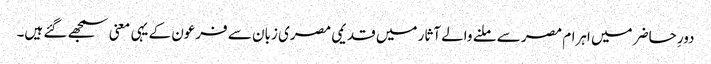
دورِ حاضر میں اہرام مصر سے ملنے والے آثار میں قدیمی مصری زبان سے فرعون کے یہی معنی سمجھے گئے ہیں۔